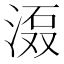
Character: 𱧎